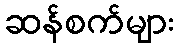
ဆန်စက်များ